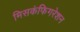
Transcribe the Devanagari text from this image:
मिसकंफिगरेशन